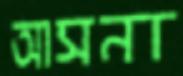
আসনা